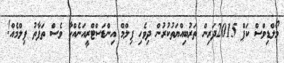
މޯލްޑިވްސް ކަޕް 2015ދަރިން ތަރުބިއްޔަތުކުރުން ދިވެހި ފިލްމް އިންޑަސްޓްރީއަނެއްކާ ވެސް ތަފާތު ފިލްމެއް!